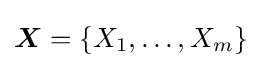
{\boldsymbol {X}}=\{X_{1},\ldots ,X_{m}\}